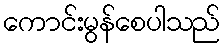
ကောင်းမွန်စေပါသည်